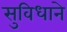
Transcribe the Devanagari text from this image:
सुविधाने